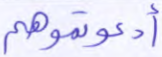
أدعوتموهم